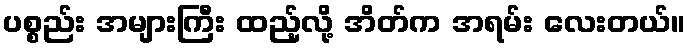
ပစ္စည်း အများကြီး ထည့်လို့ အိတ်က အရမ်း လေးတယ်။